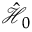
\mathcal { \hat { H } } _ { 0 }